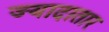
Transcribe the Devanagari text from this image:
ज्‍यादातार